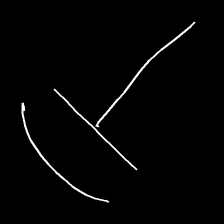
Glyph: dispersion